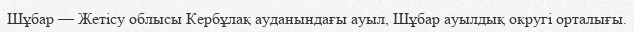
Шұбар — Жетісу облысы Кербұлақ ауданындағы ауыл, Шұбар ауылдық округі орталығы.